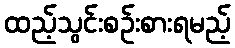
ထည့်သွင်းစဉ်းစားရမည့်